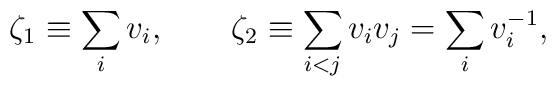
\zeta_1\equiv \sum_i v_i, \qquad \zeta_2 \equiv \sum_{i<j} v_i v_j = \sum_i  v_i^{-1},